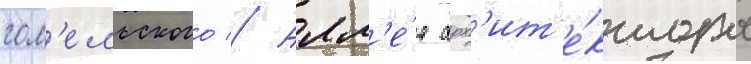
гом'ельского // Алл'е́я арх'ит'е́ктора